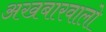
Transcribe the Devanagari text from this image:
अखबारवालो